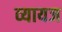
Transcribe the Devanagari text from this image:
व्‍यायज